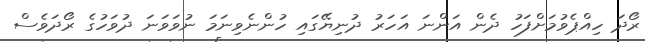
ރޯދަ ހިއްޕެވުމަށްފަހު ދެން އަންނަ އަހަރު ދުނިޔޭގައި ހުންނެވިނަމަ ނުވަވަނަ ދުވަހުގެ ރޯދަވެސް